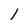
Character: l